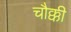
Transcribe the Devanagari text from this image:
चौक्की